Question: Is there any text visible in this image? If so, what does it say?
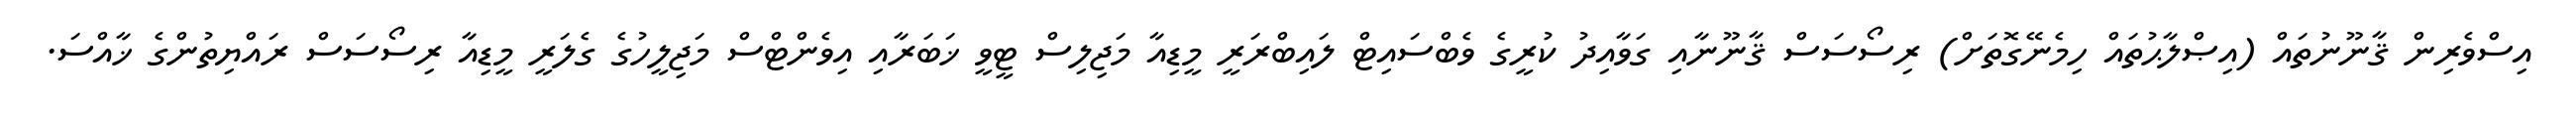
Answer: އިސްވެރިން ޤާނޫނުތައް (އިޞްލާޙުތައް ހިމެނޭގޮތަށް) ރިސޯސަސް ޤާނޫނާއި ގަވާއިދު ކުރީގެ ވެބްސައިޓް ލައިބްރަރީ މީޑިއާ މަޖިލިސް ޓީވީ ޚަބަރާއި އިވެންޓްސް މަޖިލީހުގެ ގެލަރީ މީޑިއާ ރިސޯސަސް ރައްޔިތުންގެ ޚާއްސަ.